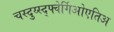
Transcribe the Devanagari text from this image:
चस्दुय्स्द्फ्वेर्गिओएतिअ